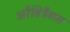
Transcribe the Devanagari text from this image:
अरैबिट्रैगस